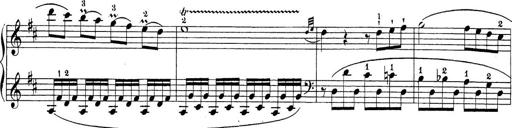
Title: Sonatina Album
Composer: Louis KÃ¶hler